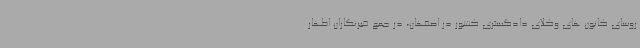
روسای کانون های وکلای دادگستری کشور در اصفهان، در جمع خبرنگاران اظهار